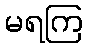
မရကြ